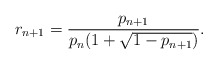
\begin{align*}r_{n+1}=\frac{p_{n+1}}{p_n(1+\sqrt{1-p_{n+1}})}.\end{align*}